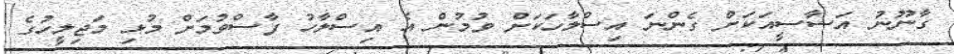
ގާނޫނު އަސާސީއަކަށް ގެންނަ އިސްލާހަކަށް ވުމުން އެ އިސްލާހު ފާސްވުމަށް މުޅި މަޖިލީހުގެ